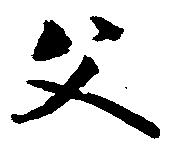
父